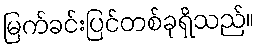
မြက်ခင်းပြင်တစ်ခုရှိသည်။